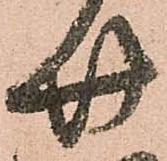
廿